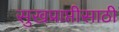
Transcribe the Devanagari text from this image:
सुखप्राप्तीसाठी